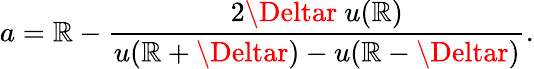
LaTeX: a=\mathbb{R}-\frac{{2\Deltar\ u(\mathbb{R})}}{{u(\mathbb{R}+\Deltar)-u(\mathbb{R}-\Deltar)}}.